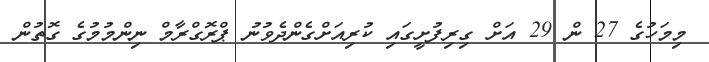
މިމަހުގެ 27 ން 29 އަށް ގިރިފުށީގައި ކުރިއަށްގެންދެވުނު ޕްރޮގްރާމް ނިންމުމުގެ ގޮތުން